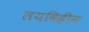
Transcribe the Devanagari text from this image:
लयविहीन